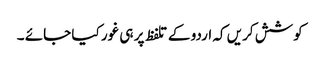
کوشش کریں کہ اردو کے تلفظ پر ہی غور کیا جائے ۔